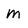
Character: m